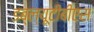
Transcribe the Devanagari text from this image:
डब्ल्यूटीबीएस